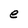
Character: e